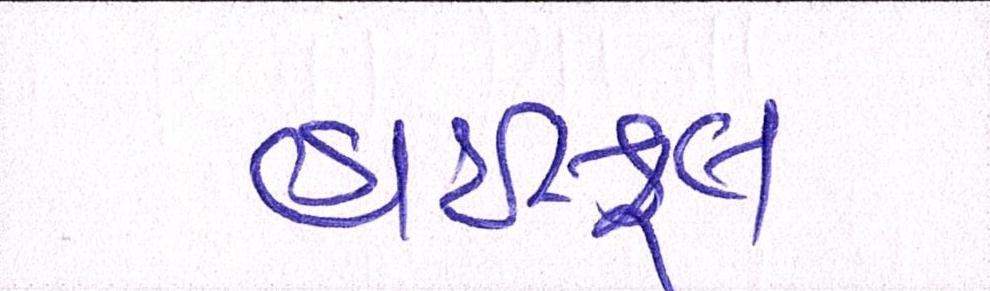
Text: હાઇસ્કૂલ